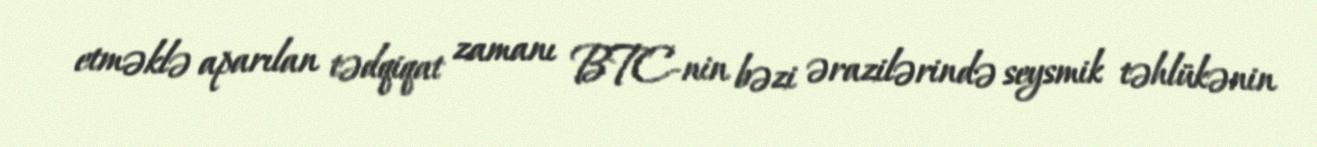
etməklə aparılan tədqiqat zamanı BTC-nin bəzi ərazilərində seysmik təhlükənin